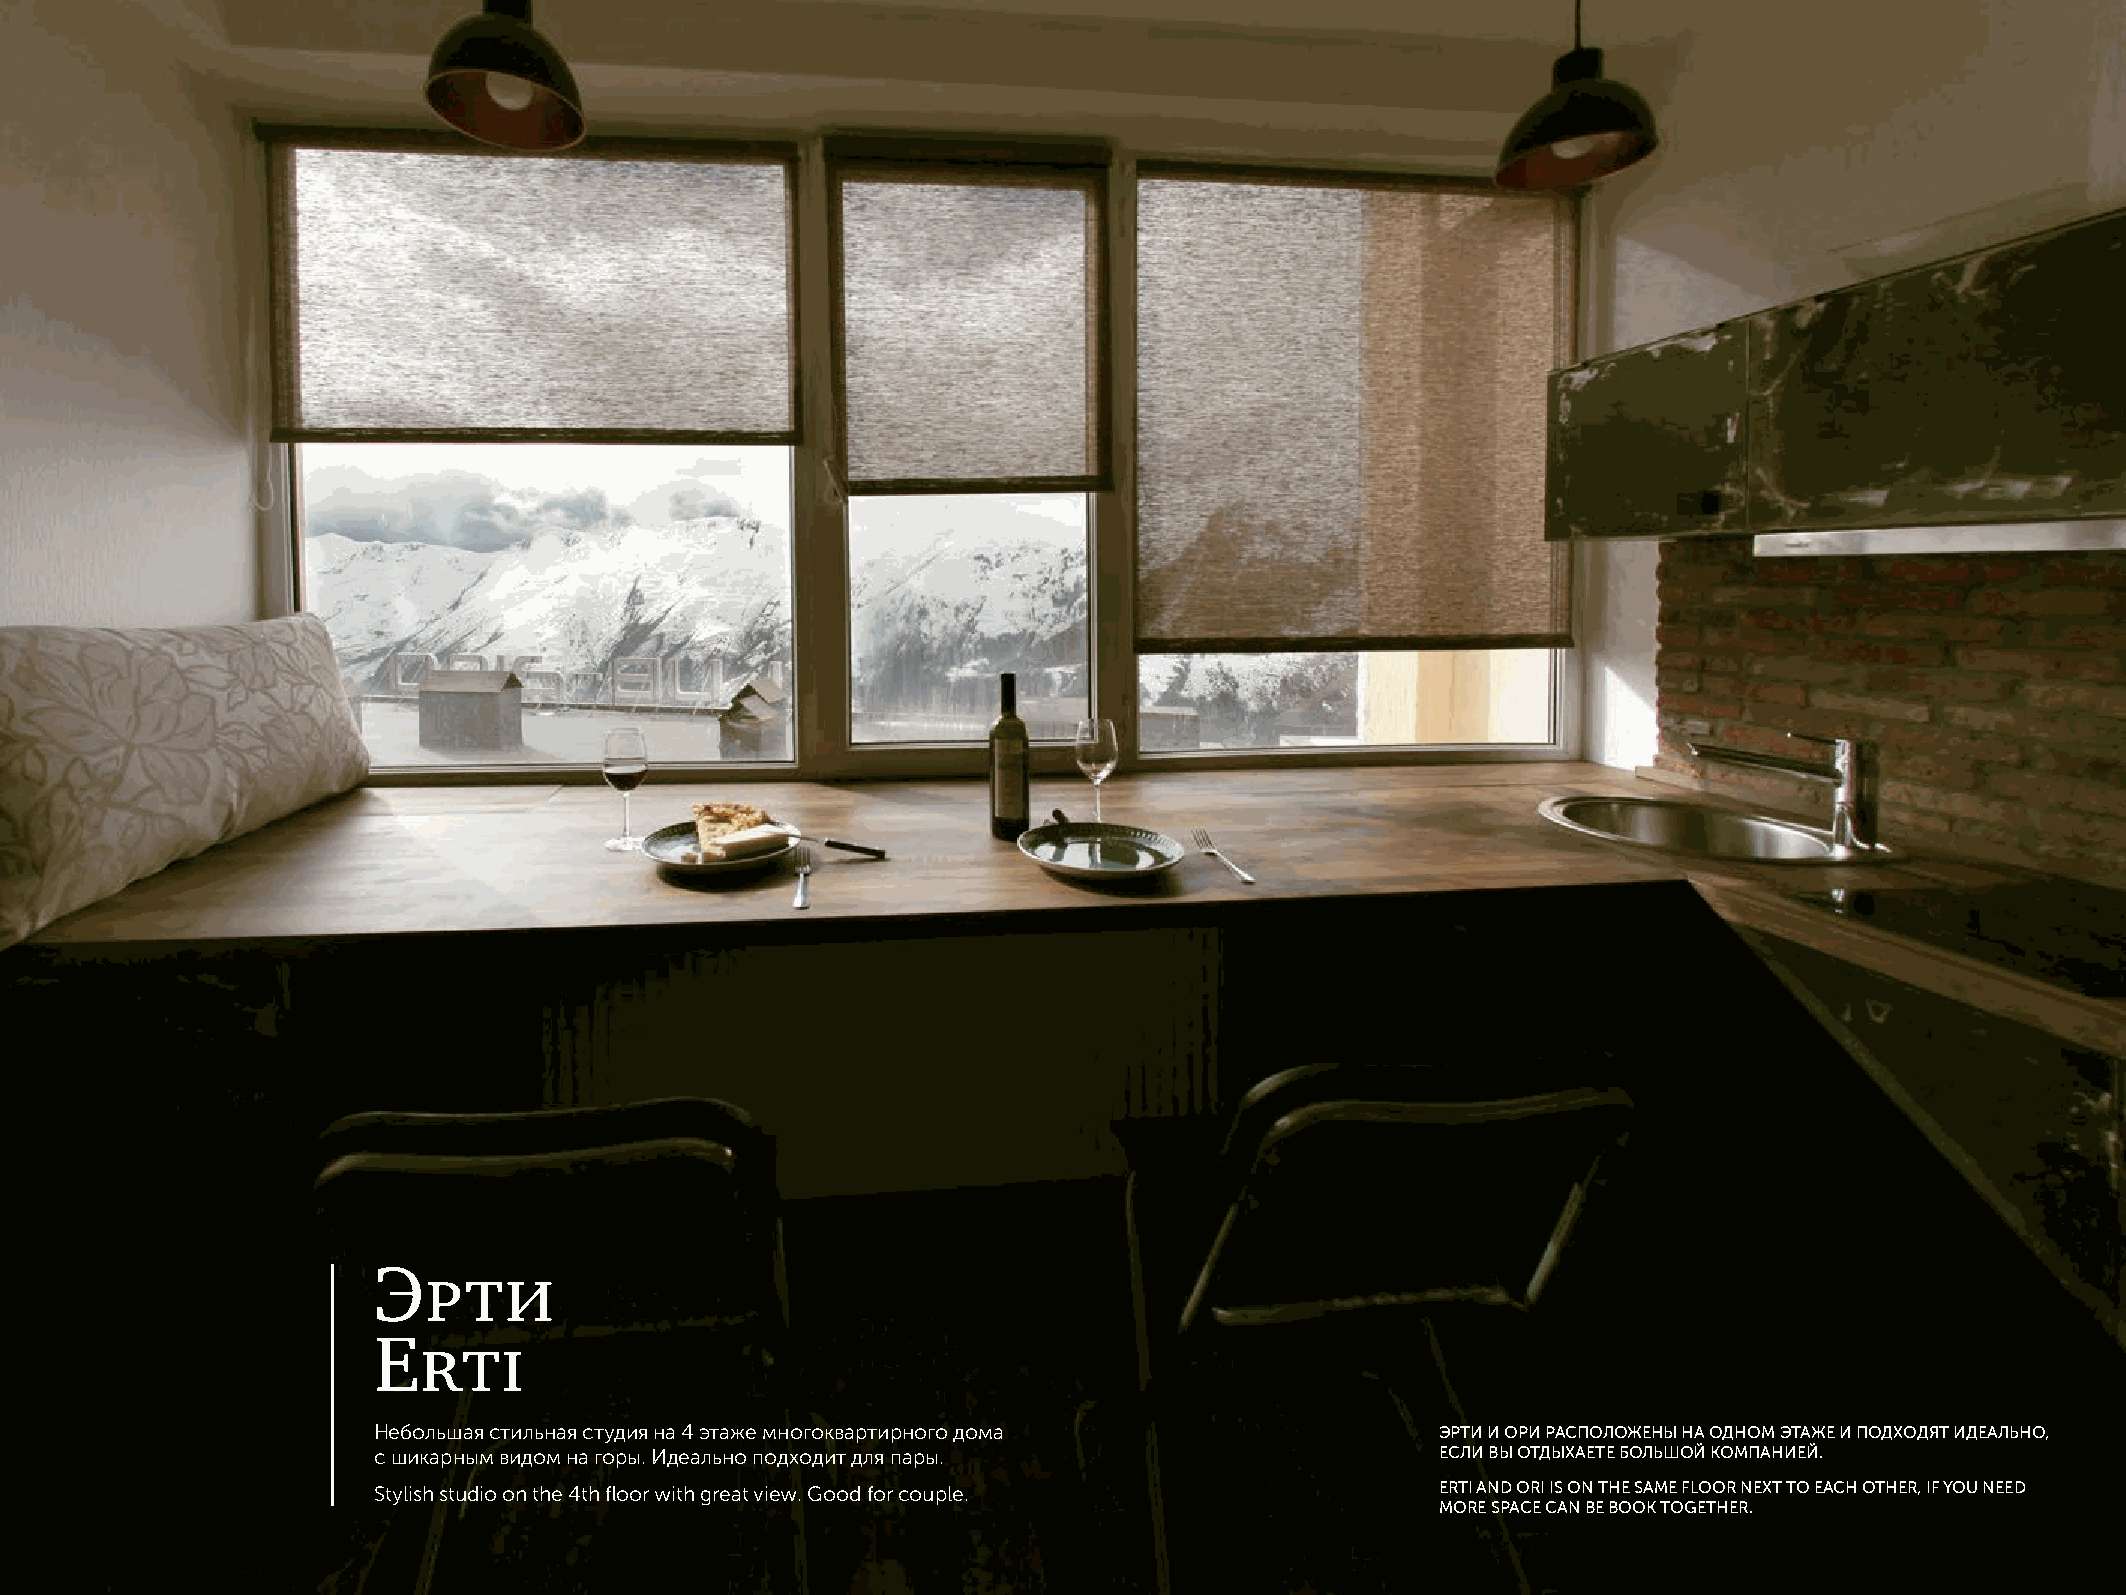
Эрти
 Erti
 Небольшая стильная студия на 4 этаже многоквартирного дома            ЭРТИ И ОРИ РАСПОЛОЖЕНЫ НА ОДНОМ ЭТАЖЕ И ПОДХОДЯТ ИДЕАЛЬНО,
 с шикарным видом на горы. Идеально подходит для пары.                 ЕСЛИ ВЫ ОТДЫХАЕТЕ БОЛЬШОЙ КОМПАНИЕЙ.
 Stylish studio on the 4th floor with great view. Good for couple.     ERTI AND ORI IS ON THE SAME FLOOR NEXT TO EACH OTHER, IF YOU NEED
 MORE SPACE CAN BE BOOK TOGETHER.